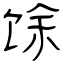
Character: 馀